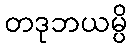
တဒုဘယမ္ပိ